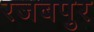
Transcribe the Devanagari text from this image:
रजबपुर